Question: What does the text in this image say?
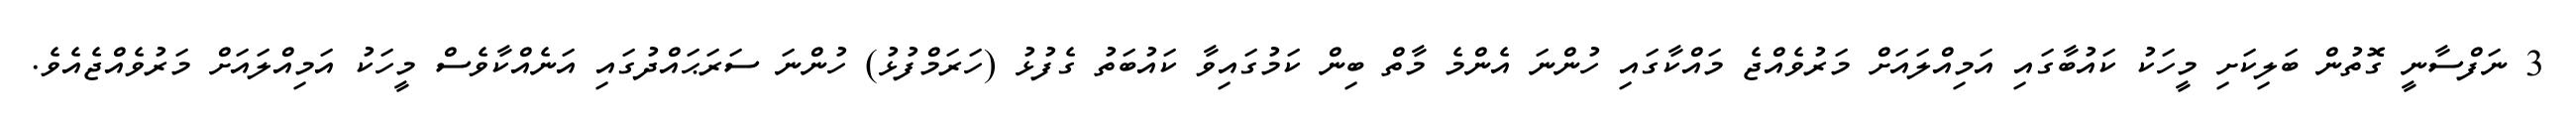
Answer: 3 ނަފްސާނީ ގޮތުން ބަލިކަށި މީހަކު ކައުބާގައި އަމިއްލައަށް މަރުވެއްޖެ މައްކާގައި ހުންނަ އެންމެ މާތް ބިން ކަމުގައިވާ ކައުބަތު ގެފުޅު (ހަރަމްފުޅު) ހުންނަ ސަރަޙައްދުގައި އަނެއްކާވެސް މީހަކު އަމިއްލައަށް މަރުވެއްޖެއެވެ.